Scottish assistants in French and German schools and colleges, 1936
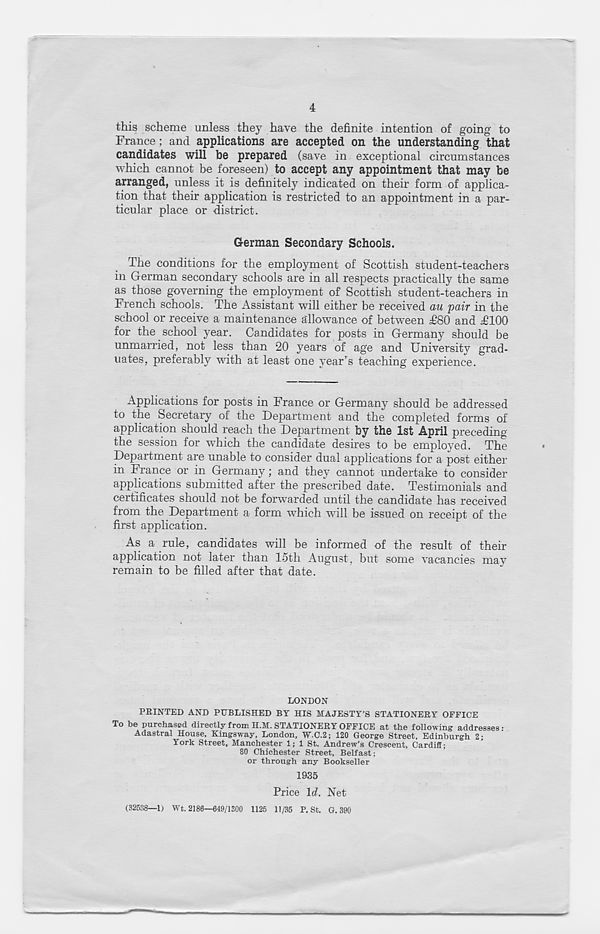
4
this scheme unless they have the definite intention of going to
France; and applications are accepted on the understanding that
candidates will be prepared (save in exceptional circumstances
which cannot be foreseen) to accept any appointment that may be
arranged, unless it is definitely indicated on their form of applica-
tion that their application is restricted to an appointment in a par-
ticular place or district.
German Secondary Schools.
The conditions for the employment of Scottish student-teachers
in German secondary schools are in all respects practically the same
as those governing the employment of Scottish student-teachers in
French schools. The Assistant will either be received au pair in the
school or receive a maintenance allowance of between T80 and T100
for the school year. Candidates for posts in Germany should be
unmarried, not less than 20 years of age and University grad-
uates, preferably with at least one year’s teaching experience.
Applications for posts in France or Germany should be addressed
to the Secretary of the Department and the completed forms of
application should reach the Department by the 1st April preceding
the session for which the candidate desires to be employed. The
Department are unable to consider dual applications for a post either
in France or in Germany; and they cannot undertake to consider
applications submitted after the prescribed date. Testimonials and
certificates should not be forwarded until the candidate has received
from the Department a form which will be issued on receipt of the
first application.
As a rule, candidates will be informed of the result of their
application not later than 15th August, but some vacancies mav
remain to be filled after that date.
LONDON
FEINTED AND PUBLISHED BY HIS MAJESTY’S STATIONERY OFFICE
To be purchased directly from H.M. STATIONERY OFFICE at the following addresses:
Adastral House, Kmgsway, London, W.C.2; 120 George Street, Edinburgh 2-
York Street, Manchester 1; 1 St. Andrew’s Crescent, Cardiff;
80 Chichester Street, Belfast;
or through any Bookseller
1935
Price Id. Net
(32538—1) Wt. 2180—649/1300 1125 11/35 P. St. G. 390